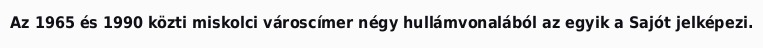
Az 1965 és 1990 közti miskolci városcímer négy hullámvonalából az egyik a Sajót jelképezi.